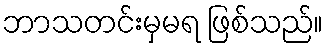
ဘာသတင်းမှမရ ဖြစ်သည်။